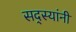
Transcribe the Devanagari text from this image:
सद्स्यांनी